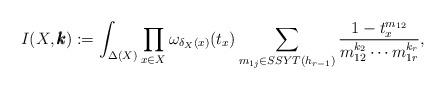
LaTeX: \begin{align*}I(X,\pmb k):=\int_{\Delta(X)}\prod_{x\in X}\omega_{\delta_X(x)}(t_x)\sum_{m_{1j}\in SSYT(h_{r-1})}\frac{1-t_{x}^{m_{12}}}{m_{12}^{k_{2}}\cdots m_{1r}^{k_r}},\end{align*}